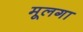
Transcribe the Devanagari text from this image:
मूलगा